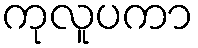
ကုလူပကာ